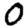
Digit: 0